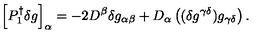
\left[ P _ { 1 } ^ { \dagger } \delta g \right] _ { \alpha } = - 2 D ^ { \beta } \delta g _ { \alpha \beta } + D _ { \alpha } \left( ( \delta g ^ { \gamma \delta } ) g _ { \gamma \delta } \right) .